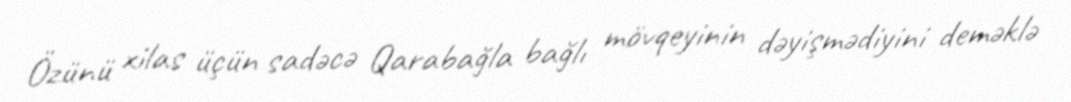
Özünü xilas üçün sadəcə Qarabağla bağlı mövqeyinin dəyişmədiyini deməklə